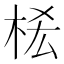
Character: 𣑆